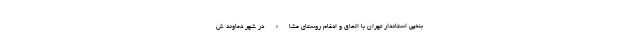
بندپی استاندار تهران با الحاق و ادغام روستای مشاء در شهر دماوند ش